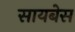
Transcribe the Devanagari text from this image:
सायबेस